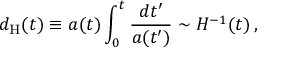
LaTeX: d _ { \mathrm { H } } ( t ) \equiv a ( t ) \int _ { 0 } ^ { t } { \frac { d t ^ { \prime } } { a ( t ^ { \prime } ) } } \sim H ^ { - 1 } ( t ) \, ,